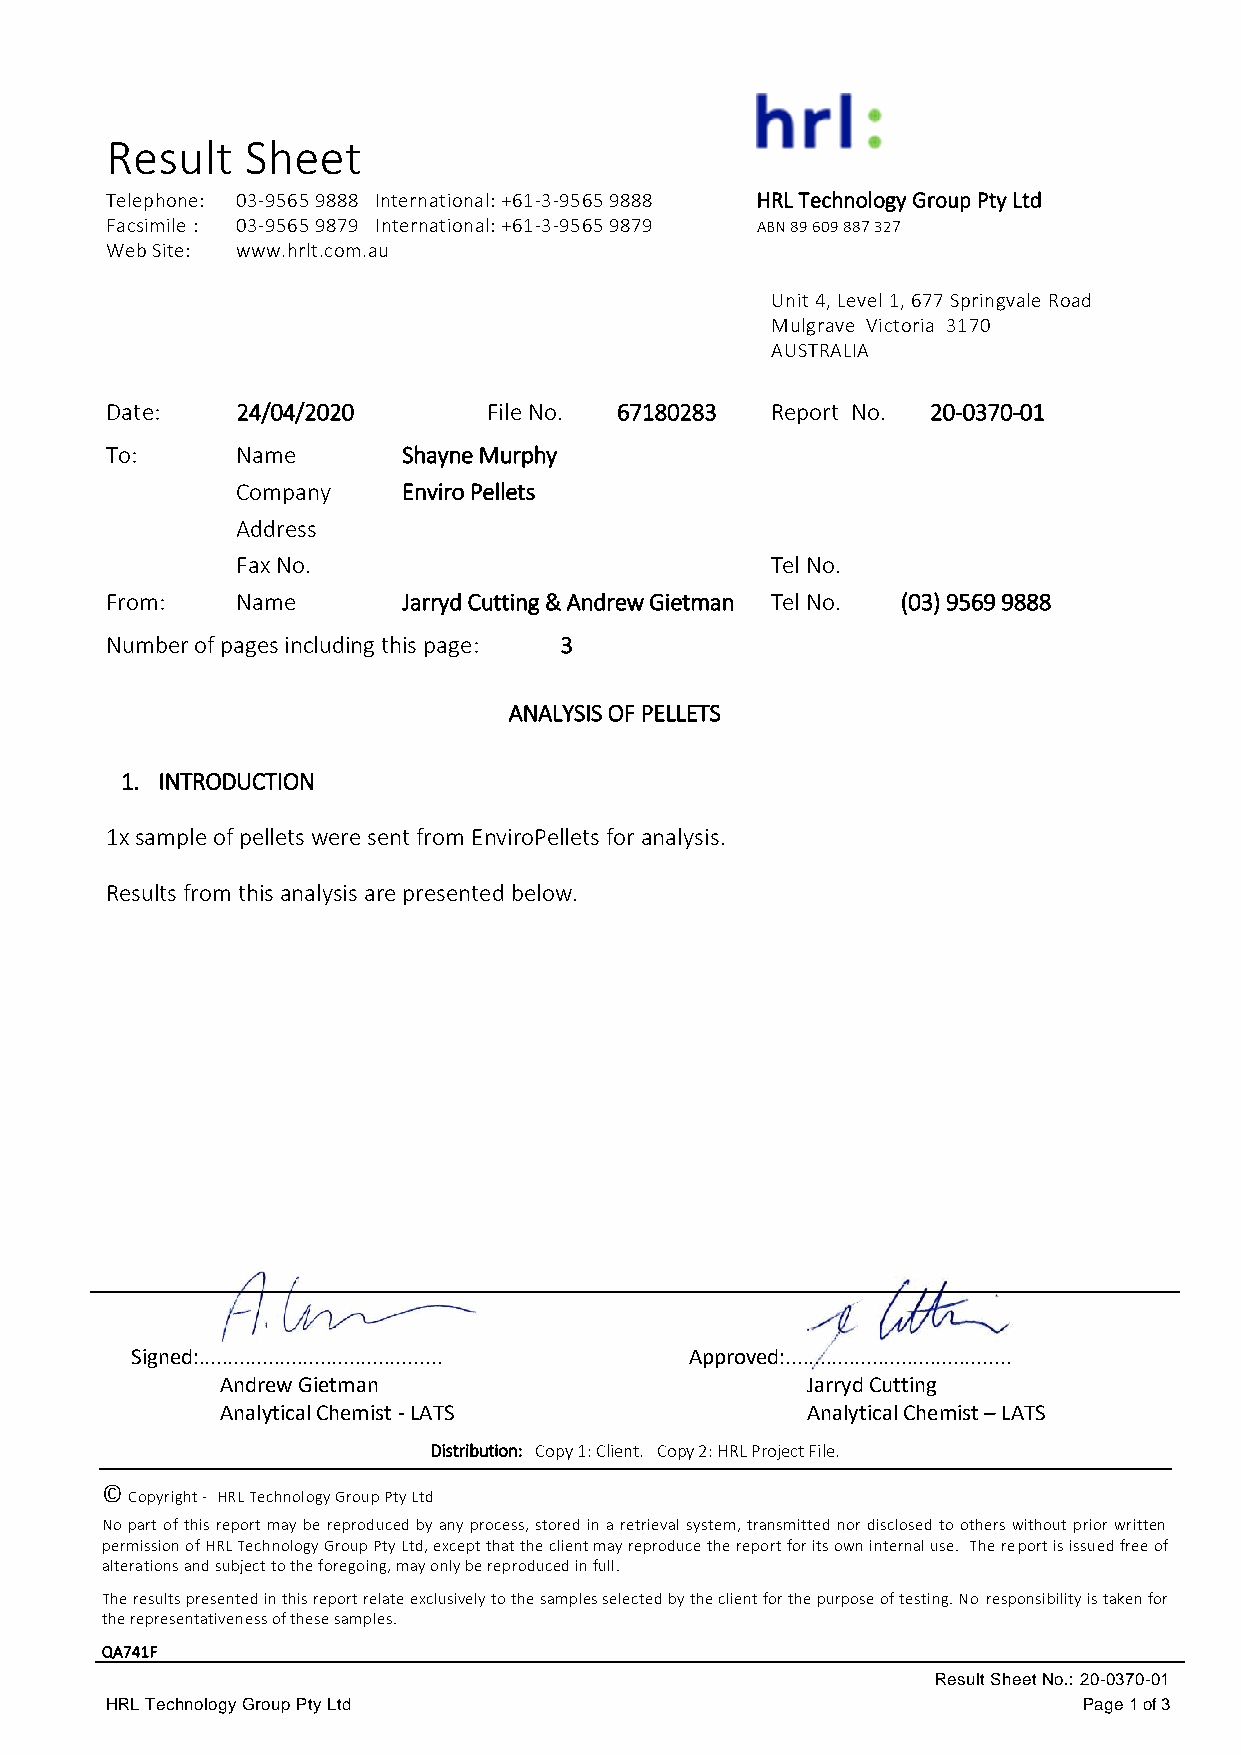
Result   Sheet
 Telephone: 03-9565 9888 International: +61-3-9565 9888 HRL Technology Group Pty Ltd
 Facsimile : 03-9565 9879 International: +61-3-9565 9879 ABN 89 609 887 327
 Web Site: www.hrlt.com.au
 Unit 4, Level 1, 677 Springvale Road
 Mulgrave Victoria 3170
 AUSTRALIA
 Date:    24/04/2020      File No. 67180283  Report No. 20-0370-01
 To:      Name       Shayne Murphy
 Company    Enviro Pellets
 Address
 Fax No.                            Tel No.
 From:    Name       Jarryd Cutting & Andrew Gietman Tel No. (03) 9569 9888
 Number of pages including this page: 3
 ANALYSIS OF PELLETS
 1. INTRODUCTION
 1x sample of pellets were sent from EnviroPellets for analysis.
 Results from this analysis are presented below.
 Signed:.......................................... Approved:.......................................
 Andrew Gietman                        Jarryd Cutting
 Analytical Chemist - LATS             Analytical Chemist – LATS
 Distribution: Copy 1: Client. Copy 2: HRL Project File.
 © Copyright - HRL Technology Group Pty Ltd
 No part of this report may be reproduced by any process, stored in a retrieval system, transmitted nor disclosed to others without prior written
 permission of HRL Technology Group Pty Ltd, except that the client may reproduce the report for its own internal use. The report is issued free of
 alterations and subject to the foregoing, may only be reproduced in full.
 The results presented in this report relate exclusively to the samples selected by the client for the purpose of testing. No responsibility is taken for
 the representativeness of these samples.
 QA741F
 Result Sheet No.: 20-0370-01
 HRL Technology Group Pty Ltd                                     Page 1 of 3